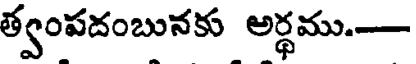
త్వంపదంబునకు అర్థము.-